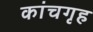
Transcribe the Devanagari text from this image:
कांचगृह